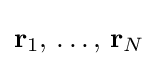
\displaystyle \mathbf {r} _{1},\,\ldots ,\,\mathbf {r} _{N}